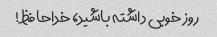
روز خوبی داشته باشید، خداحافظ!